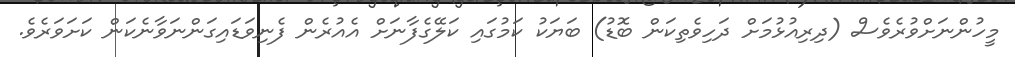
މީހުންނަށްވުރެވެސް (ދިރިއުޅުމަށް ދަހިވެތިކަން ބޮޑު) ބަޔަކު ކަމުގައި ކަލޭގެފާނަށް އެއުރެން ފެނިވަޑައިގަންނަވާނެކަން ކަށަވަރެވެ.